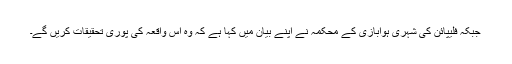
جبکہ فلیپائن کی شہری ہوابازی کے محکمہ نے اپنے بیان میں کہا ہے کہ وہ اس واقعہ کی پوری تحقیقات کریں گے۔